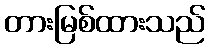
တားမြစ်ထားသည်